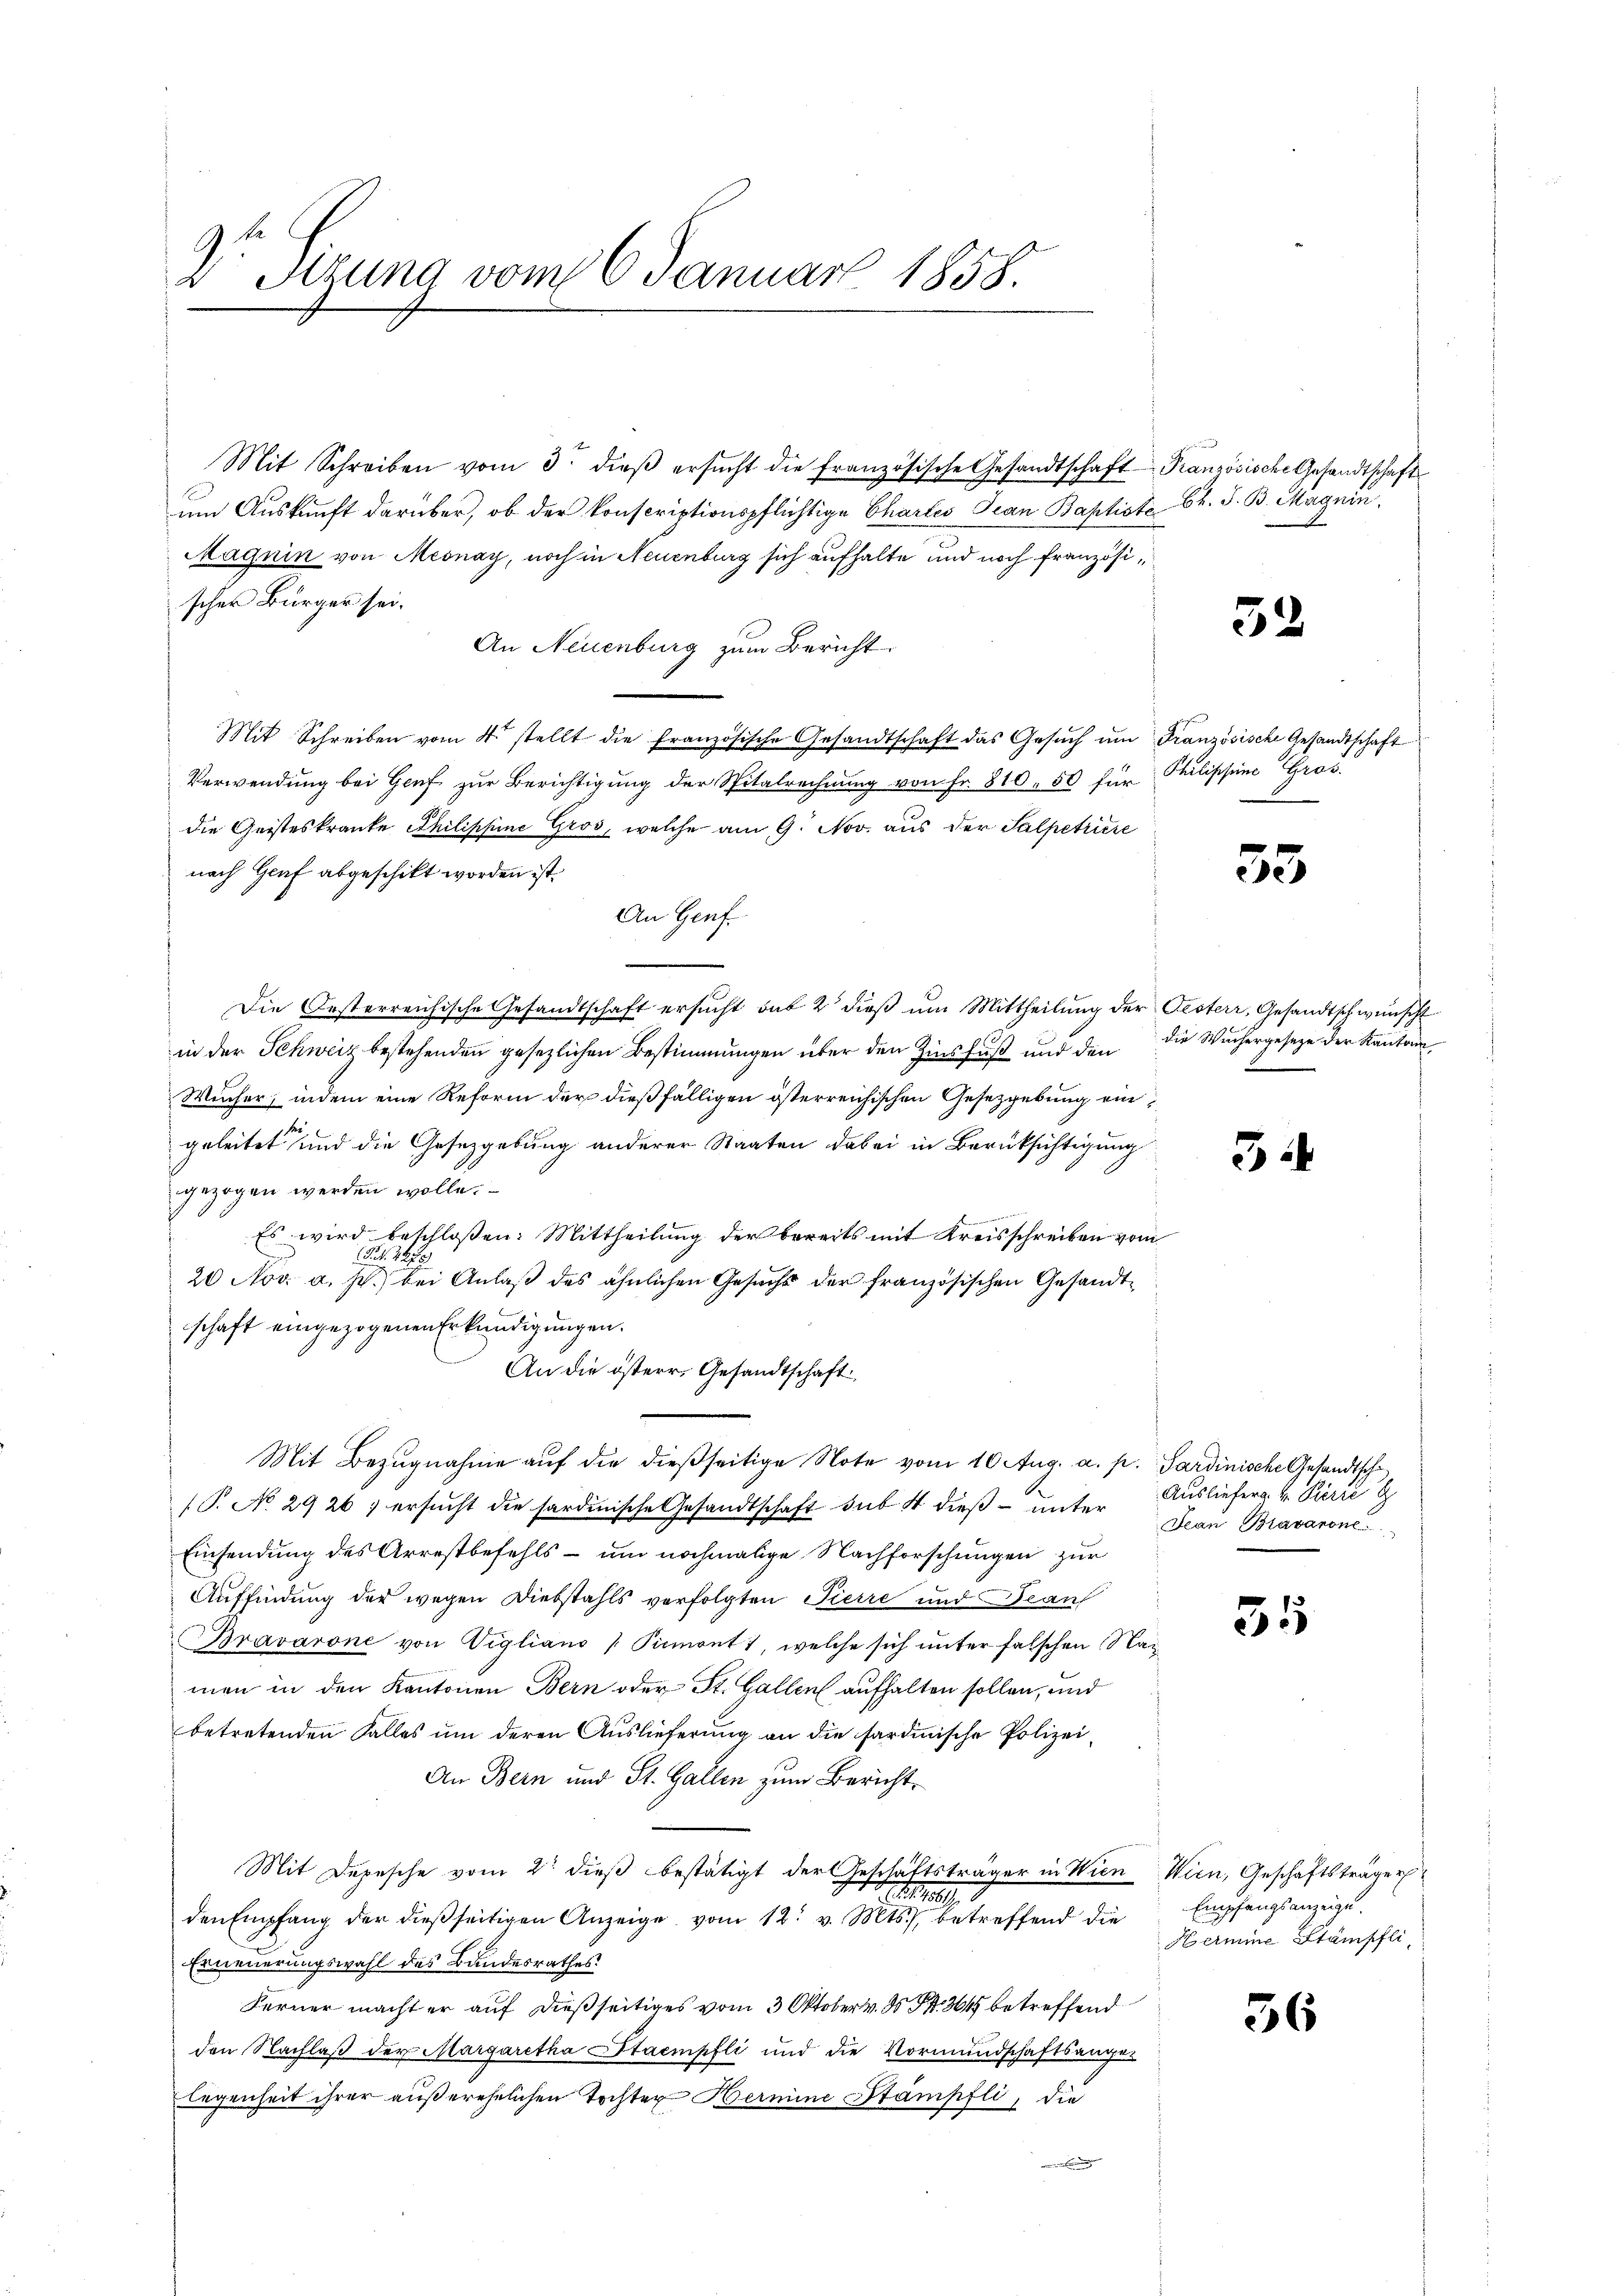
V. Sitzung vom 6. Januar 1858.

Mit Schreiben vom 3. dieβ ersŭcht die französische Gesandtschaft Französische Gesandtschaft
um Auskunft darüber, ob der konscriptionspflichtige Chartes Jean Baptiste 6. S. B. Magnin.
Magnin von Mesnay, noch in Neuenburg sich aufhalte und noch französischer Bürger sei.
An Neuenburg zum Bericht
Mit Schreiben vom 4. stellt die französische Gesandtschaft das Gesŭch ŭm Französische Gesandtschaft
Verwendung bei Genf zur Berichtigung der Spitalrechnung von Fr. 810, 50 für Philippine Gros
die Geisteskranke Philippine Gros, welche am 9. Nov. aus der Salpetriere
nach Genf abgeschikt worden ist.
An Genf.
Die Oesterreichische Gesandtschaft ersucht das 2 dieß um Mittheilung der Oesterr, Gesandtschwunsch
in der Schweiz bestehenden gesezlichen Bestimmungen über den Zinsfuß und den die Wuchergeseze der Kanton
Wucher, indem eine Reform der dießfälligen österreichischen Gesetzgebung ein
u
geleitet und die Gesetzgebung anderer Staaten dabei in Berücksichtigung
gezogen werden wolle.
Es wird beschloßen: Mittheilung der bereits mit Kreisschreiben vom
(Frk. 147
20 Nov. a. p. bei Anlaß des ähnlichen Gesuchs der französischen Gesandtschaft eingezogenen Erkundigungen.
An die österr. Gesandtschaft
Mit Bezugnahme auf die dießseitige Note vom 10. Aug. a. p. Sardinische Gesandtsche¬
(P. No 2926 ; ersucht die sardinische Gesandtschaft sub 4 dieß unter Ausliefera v. Pierre
Einsendung des Arrestbefehls - um nochmalige Nachforschungen zur
Auffindung der wegen Diebstahls verfolgten Pierre und Beauf
Bravarone von Viglians Piemont, welche sich unter falschen Nac
men in den Kantonen Bern oder St. Gallen aufhalten sollen, und
betretenden Falles um deren Auslieferung an die sardinische Polizei¬
An Bern und St. Gallen zum Bericht
Mit Depesche vom 2. dieß bestätigt der Geschäftsträger in Wien Wien, Geschäftsträger
u
8
den Empfang der dießseitigen Anzeige vom 12. v. Mts., betreffend die
Erneuerungswahl des Bandesrathes
Ferner macht er auf dießseitiges vom 3 Oktober v. 30 Fr. 364 betreffend
den Nachlaβ der Margaretha Staempfli und die Vormundschaftsanger
legenheit ihrer außerehelichen Tochter Hermine Stämpfli, die

32

33

32

Jean Bravarone

55

Empfangsanzeige.
Hermine Stämpfli

36